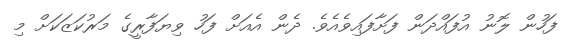
ފަހުން ލޮނު އުފައްދަން ފަށާފައިވެއެވެ. ދެން އެއަށް ފަހު ވިޔަފާރީގެ މަރުކަޒަކަށް މި